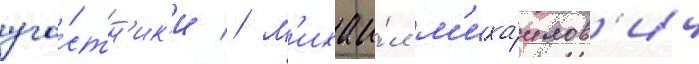
уча́стн'ик'и // М'ихаи́л м'иха́илов'ич